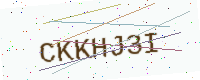
Text: CKKHJ3I